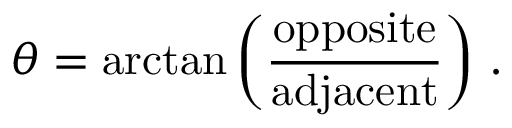
\theta = \arctan \left( { \frac { \mathrm { o p p o s i t e } } { \mathrm { a d j a c e n t } } } \right) \, .